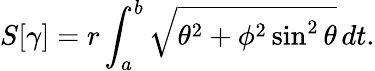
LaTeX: S[\gamma]=r\int_{a}^{b}{\sqrt{\theta^{2}+\phi^{2}\sin^{2}\theta}}\, dt.